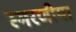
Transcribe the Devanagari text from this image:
स्मरणीया